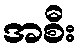
အစီး